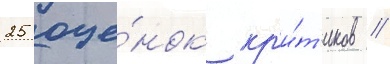
25 оце́нок кр'и́т'иков /